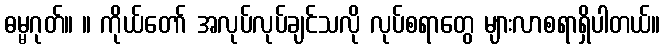
ဓမ္မဂုတ်။ ။ ကိုယ်တော် အလုပ်လုပ်ချင်သလို လုပ်စရာတွေ များလာစရာရှိပါတယ်။